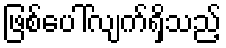
ဖြစ်ပေါ်လျက်ရှိသည့်